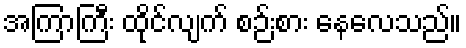
အကြာကြီး ထိုင်လျက် စဉ်းစား နေလေသည်။